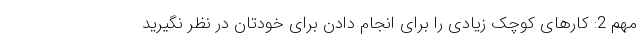
مهم 2: کارهای کوچک زیادی را برای انجام دادن برای خودتان در نظر نگیرید